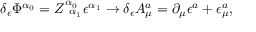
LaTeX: \delta _ { \epsilon } \Phi ^ { \alpha _ { 0 } } = Z _ { \; \; \alpha _ { 1 } } ^ { \alpha _ { 0 } } \epsilon ^ { \alpha _ { 1 } } \rightarrow \delta _ { \epsilon } A _ { \mu } ^ { a } = \partial _ { \mu } \epsilon ^ { a } + \epsilon _ { \mu } ^ { a } ,